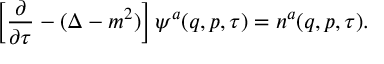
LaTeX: \left[ \frac { \partial } { \partial \tau } - ( \Delta - m ^ { 2 } ) \right] \psi ^ { a } ( q , p , \tau ) = n ^ { a } ( q , p , \tau ) .